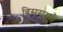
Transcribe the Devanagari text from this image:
बिसरामु॥